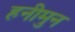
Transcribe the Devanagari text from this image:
हनीमुन